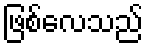
ဖြစ်လေသည်